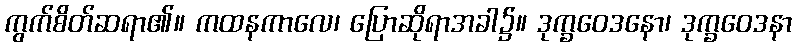
ကွက်စိတ်ဆရာ၏။ ကထနကာလေ၊ ပြောဆိုရာအခါ၌။ ဒုက္ခဝေဒနော၊ ဒုက္ခဝေဒနာ